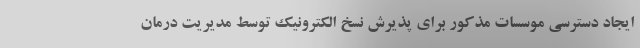
ایجاد دسترسی موسسات مذکور برای پذیرش نسخ الکترونیک توسط مدیریت درمان